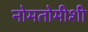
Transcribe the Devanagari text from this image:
नोमतोमीशी